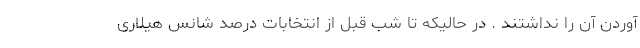
آوردن آن را نداشتند . در حالیکه تا شب قبل از انتخابات درصد شانس هیلاری